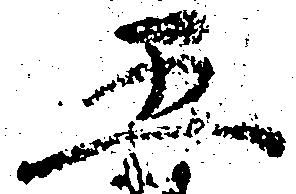
五